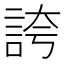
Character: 誇